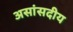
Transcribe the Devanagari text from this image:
असांसदीय